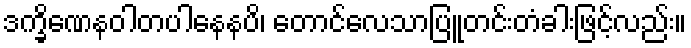
ဒက္ခိဏေနဝါတပါနေနပိ၊ တောင်လေသာပြူတင်းတံခါးဖြင့်လည်း။